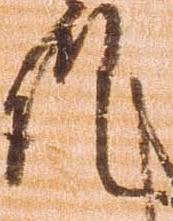
謹